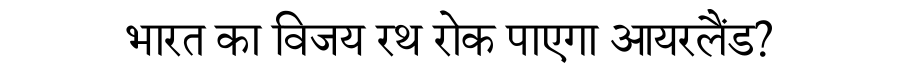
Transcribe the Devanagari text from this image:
भारत का विजय रथ रोक पाएगा आयरलैंड?